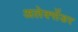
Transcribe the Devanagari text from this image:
अलेक्‍सेंडर